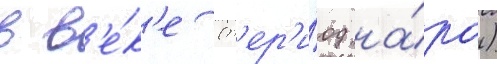
в в'е́к'е (п'ер'и́од на́ра)